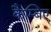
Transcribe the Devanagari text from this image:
कैम्बिए